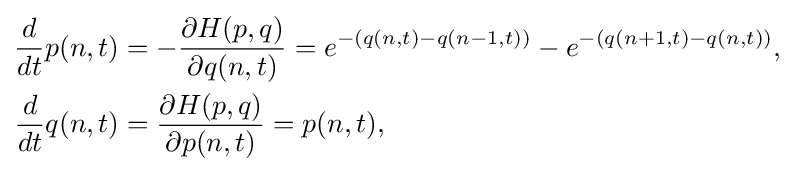
{\begin{aligned}{\frac {d}{dt}}p(n,t)&=-{\frac {\partial H(p,q)}{\partial q(n,t)}}=e^{-(q(n,t)-q(n-1,t))}-e^{-(q(n+1,t)-q(n,t))},\\{\frac {d}{dt}}q(n,t)&={\frac {\partial H(p,q)}{\partial p(n,t)}}=p(n,t),\end{aligned}}